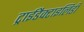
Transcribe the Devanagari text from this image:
ट्राईडैक्टाइलिडी